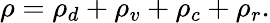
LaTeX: \rho=\rho_{d}+\rho_{v}+\rho_{c}+\rho_{r}.